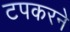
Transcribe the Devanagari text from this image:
टपकरने